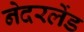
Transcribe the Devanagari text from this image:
नेदरलेंड